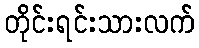
တိုင်းရင်းသားလက်